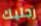
رجليك